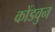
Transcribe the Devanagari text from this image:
कोंडवुन